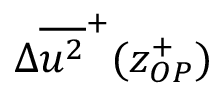
{ \Delta } { \overline { { u ^ { 2 } } } ^ { + } } ( z _ { O P } ^ { + } )